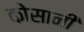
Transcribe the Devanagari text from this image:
कोसानी